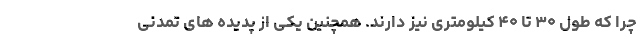
چرا که طول ۳۰ تا ۴۰ کیلومتری نیز دارند. همچنین یکی از پدیده های تمدنی